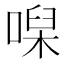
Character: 𠹠